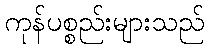
ကုန်ပစ္စည်းများသည်